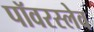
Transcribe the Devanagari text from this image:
पॉवरस्लेव